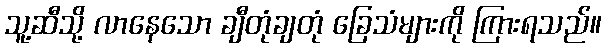
သူ့ဆီသို့ လာနေသော ချီတုံချတုံ ခြေသံများကို ကြားရသည်။